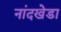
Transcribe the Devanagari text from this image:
नांदखेडा